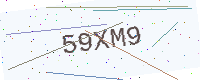
Text: 59XM9